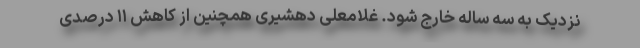
نزدیک به سه ساله خارج شود. غلامعلی دهشیری همچنین از کاهش ۱۱ درصدی